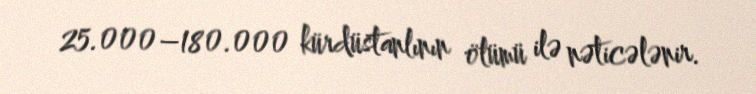
25.000–180.000 kürdüstanlının ölümü ilə nəticələnir.